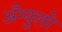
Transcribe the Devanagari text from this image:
अँग्युलो